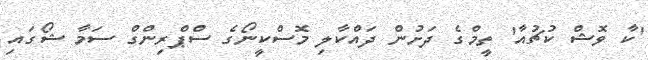
'ކާ ވޮޝް ކުޗުއާ' ތީމްގެ ދަށުން ދައްކާލި މޮސްކީނޯގެ ސްޕްރިންގް ސަމާ ޝޯގައި